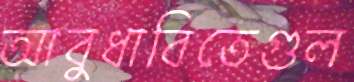
আবুধাবিতেগুল